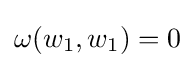
\omega (w_{1},w_{1})=0